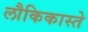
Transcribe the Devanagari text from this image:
लौकिकास्ते